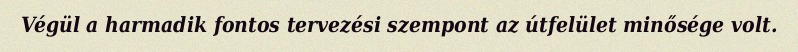
Végül a harmadik fontos tervezési szempont az útfelület minősége volt.